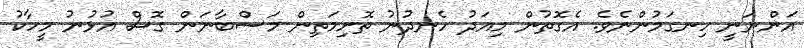
އަންނަނީ ހިނގަމުންނެވެ. އެގޮތުން މިއަދު ހެނދުނު ތޮށިމަތިން މަސްބާނަން ގޮސް އުޅުނު މީހާކު